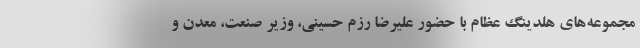
مجموعه‌های هلدینگ عظام با حضور علیرضا رزم حسینی، وزیر صنعت، معدن و